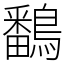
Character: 鷭